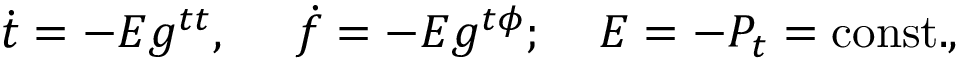
\dot { t } = - E g ^ { t t } , \; \; \; \; \; \dot { f } = - E g ^ { t \phi } ; \; \; \; \; E = - P _ { t } = \mathrm { c o n s t . } ,